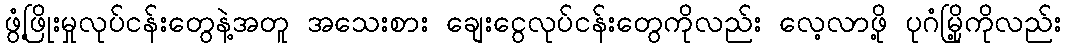
ဖွံ့ဖြိုးမှုလုပ်ငန်းတွေနဲ့အတူ အသေးစား ချေးငွေလုပ်ငန်းတွေကိုလည်း လေ့လာဖို့ ပုဂံမြို့ကိုလည်း